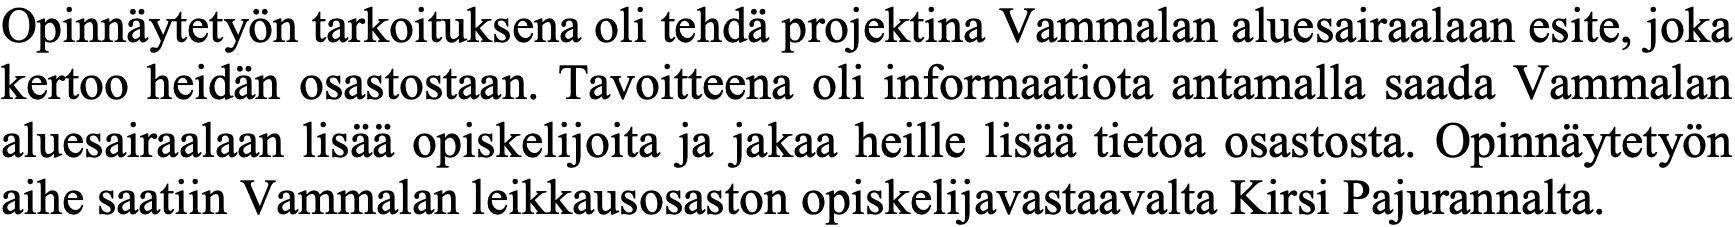
Opinnäytetyön tarkoituksena oli tehdä projektina Vammalan aluesairaalaan esite, joka kertoo heidän osastostaan. Tavoitteena oli informaatiota antamalla saada Vammalan aluesairaalaan lisää opiskelijoita ja jakaa heille lisää tietoa osastosta. Opinnäytetyön aihe saatiin Vammalan leikkausosaston opiskelijavastaavalta Kirsi Pajurannalta.